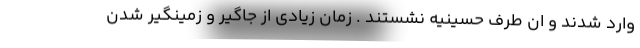
وارد شدند و ان طرف حسینیه نشستند . زمان زیادی از جاگیر و زمینگیر شدن